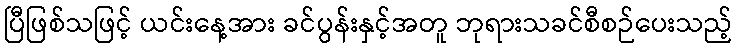
ပြီဖြစ်သဖြင့် ယင်းနေ့အား ခင်ပွန်းနှင့်အတူ ဘုရားသခင်စီစဉ်ပေးသည့်